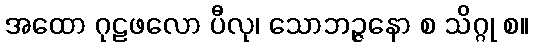
အထော ဂုဠဖလော ပီလု၊ သောဘဉ္ဇနော စ သိဂ္ဂု စ။